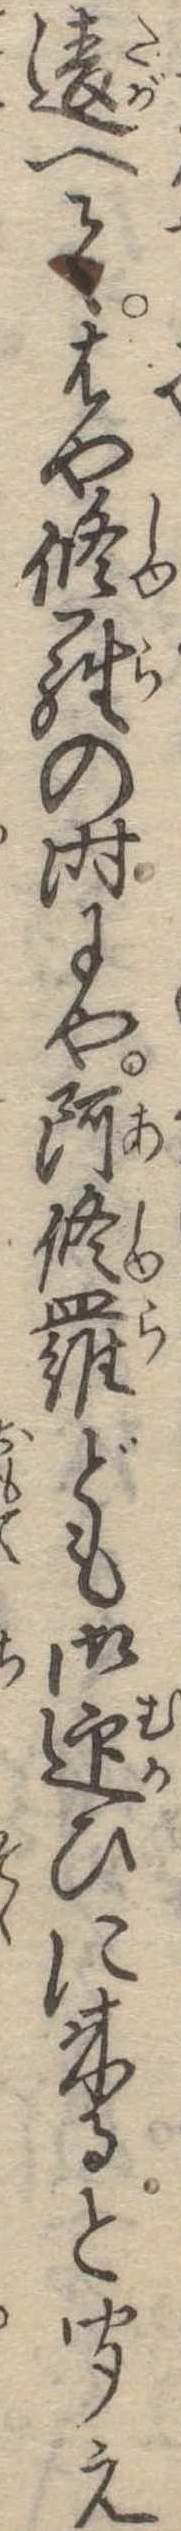
違へてはや修羅の時にや阿修羅ども御迎ひに来ると聞え